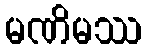
မဏိမဿ